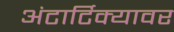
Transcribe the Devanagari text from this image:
अंटार्टिक्यावर